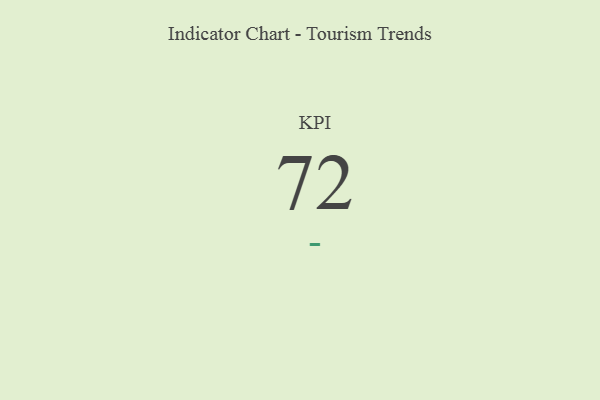
{"axis": {"x": "KPI", "y": "Value"}, "legend": [""], "data": [{"x": "KPI", "y": 72, "type": ""}]}